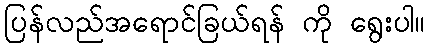
ပြန်လည်အရောင်ခြယ်ရန် ကို ရွေးပါ။